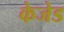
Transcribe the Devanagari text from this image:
केजेड